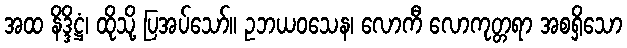
အထ နိဒ္ဒိဋ္ဌံ၊ ထိုသို့ ပြအပ်သော်။ ဥဘယဝသေန၊ လောကီ လောကုတ္တရာ အစရှိသော